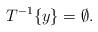
LaTeX: \begin{align*}T^{-1}\{y\} = \emptyset.\end{align*}